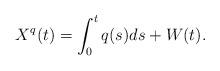
LaTeX: \begin{align*}X^q(t) = \int_0^tq(s)ds + W(t). \end{align*}